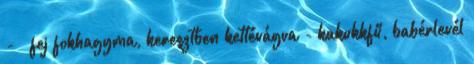
- ½ fej fokhagyma, keresztben kettévágva - kakukkfű, babérlevél